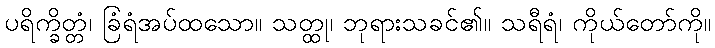
ပရိက္ခိတ္တံ၊ ခြံရံအပ်ထသော။ သတ္ထု၊ ဘုရားသခင်၏။ သရီရံ၊ ကိုယ်တော်ကို။